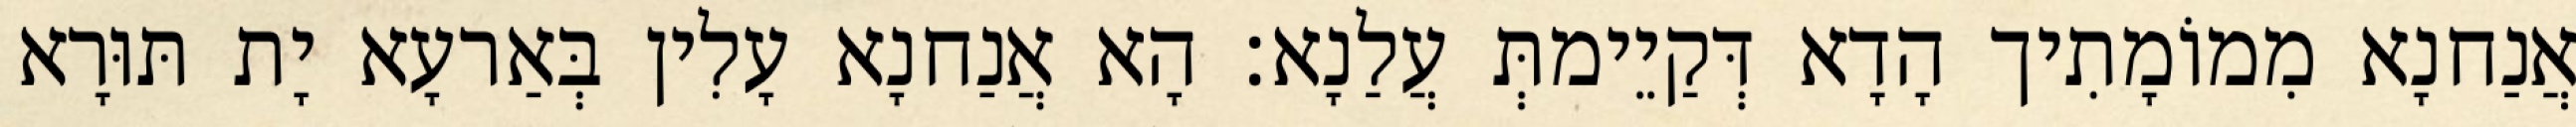
אֲנַחנָא מִמוֹמָתִיך הָדָא דְּקַיֵימתְּ עֲלַנָא׃ הָא אֲנַחנָא עָלִין בְּאַרעָא יָת תּוּרָא